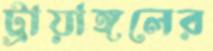
ট্রায়াঙ্গলের